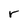
Character: r